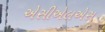
એસીએલએસ